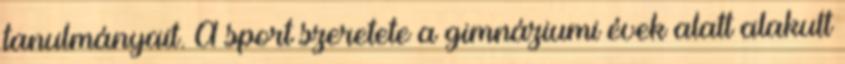
tanulmányait. A sport szeretete a gimnáziumi évek alatt alakult